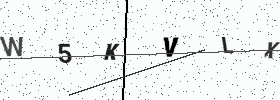
Text: W5KVLX